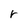
Character: r